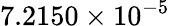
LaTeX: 7.2150\times 10^{-5}